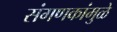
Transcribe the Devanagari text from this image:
संगणकांमुळे